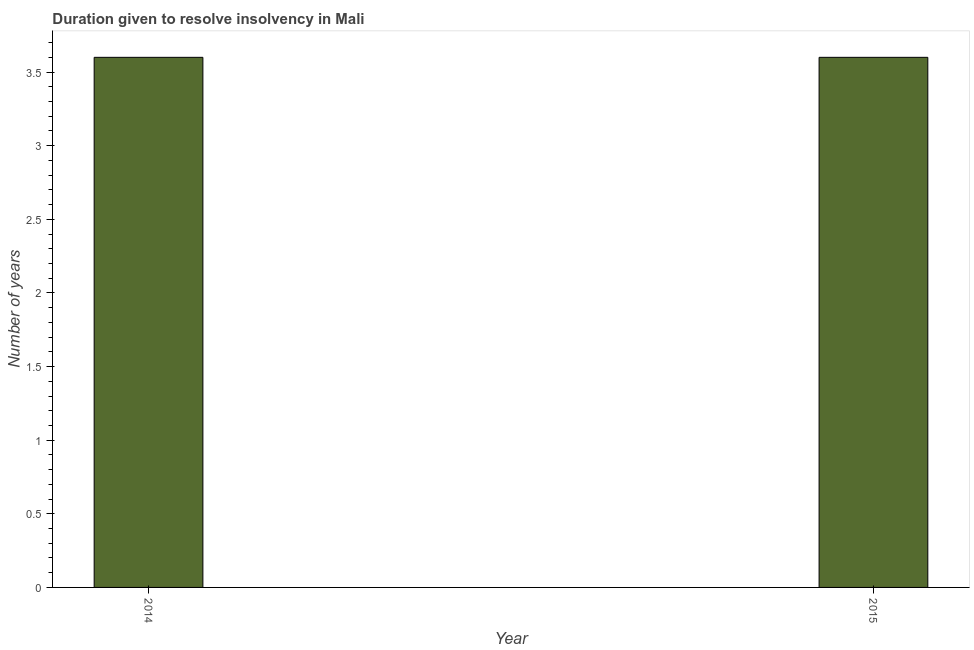
| Year | Resolve insolvency |
 | --- | --- |
 | 2014 | 3.6 |
 | 2015 | 3.6 |